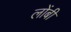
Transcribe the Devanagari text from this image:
लोंबी